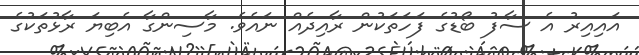
އައިއިރު އެ ސާފު ބޯޑުގެ ފަހަތަކުން ރާއިދެއް ނައެވެ. މާސިންގާ އެބިޔަ ރާޅުތަކުގެ